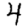
Digit: 4